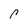
Character: P